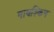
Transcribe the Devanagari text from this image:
मायश्किन